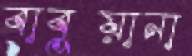
বাবুয়ানা